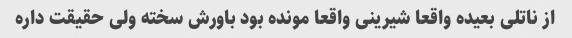
از ناتلی بعیده واقعا شیرینی واقعا مونده بود باورش سخته ولی حقیقت داره